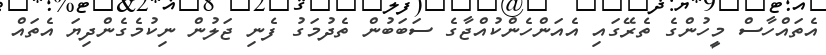
އެތައްހާސް މީހުންގެ ތެރޭގައި އެއަންހެންކުއްޖާގެ ސަބަބުން ތެދުމަގު ފެނި ޖަލުން ނިކުމެގެންދިޔަ އެތައް